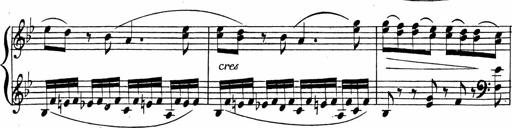
Title: 2 Piano Sonatinas
Composer: Ferdinand Ries